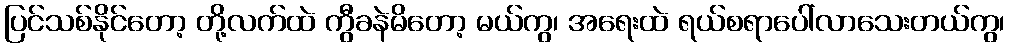
ပြင်သစ်နိုင်တော့ တို့လက်ထဲ ကွီခနဲမိတော့ မယ်ကွ၊ အရေးထဲ ရယ်စရာပေါ်လာသေးတယ်ကွ၊